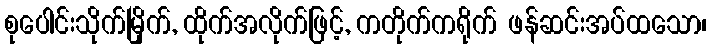
စုပေါင်းသိုက်မြိုက်, ထိုက်အလိုက်ဖြင့်, ကတိုက်ကရိုက် ဖန်ဆင်းအပ်ထသော၊